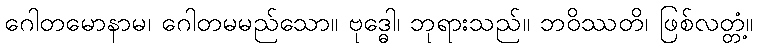
ဂေါတမောနာမ၊ ဂေါတမမည်သော။ ဗုဒ္ဓေါ၊ ဘုရားသည်။ ဘဝိဿတိ၊ ဖြစ်လတ္တံ့။